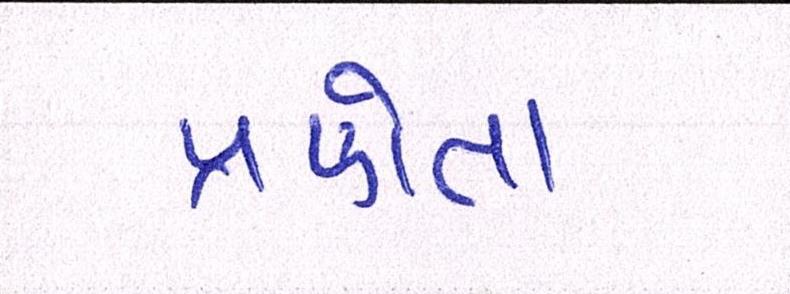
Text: પ્રણેતા